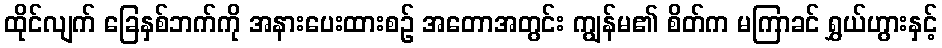
ထိုင်လျက် ခြေနှစ်ဘက်ကို အနားပေးထားစဉ် အတောအတွင်း ကျွန်မ၏ စိတ်က မကြာခင် ရွှယ်ဟွားနှင့်